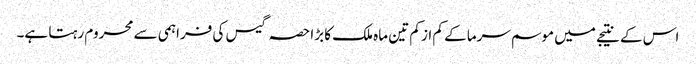
اس کے نتیجے میں موسم سرما کے کم از کم تین ماہ ملک کا بڑا حصہ گیس کی فراہمی سے محروم رہتا ہے۔